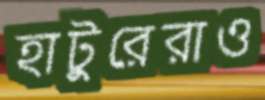
হাটুরেরাও